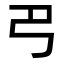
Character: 𢎟